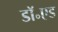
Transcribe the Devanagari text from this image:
डॉ॰एड